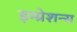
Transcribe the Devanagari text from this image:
इम्प्रेशन्स